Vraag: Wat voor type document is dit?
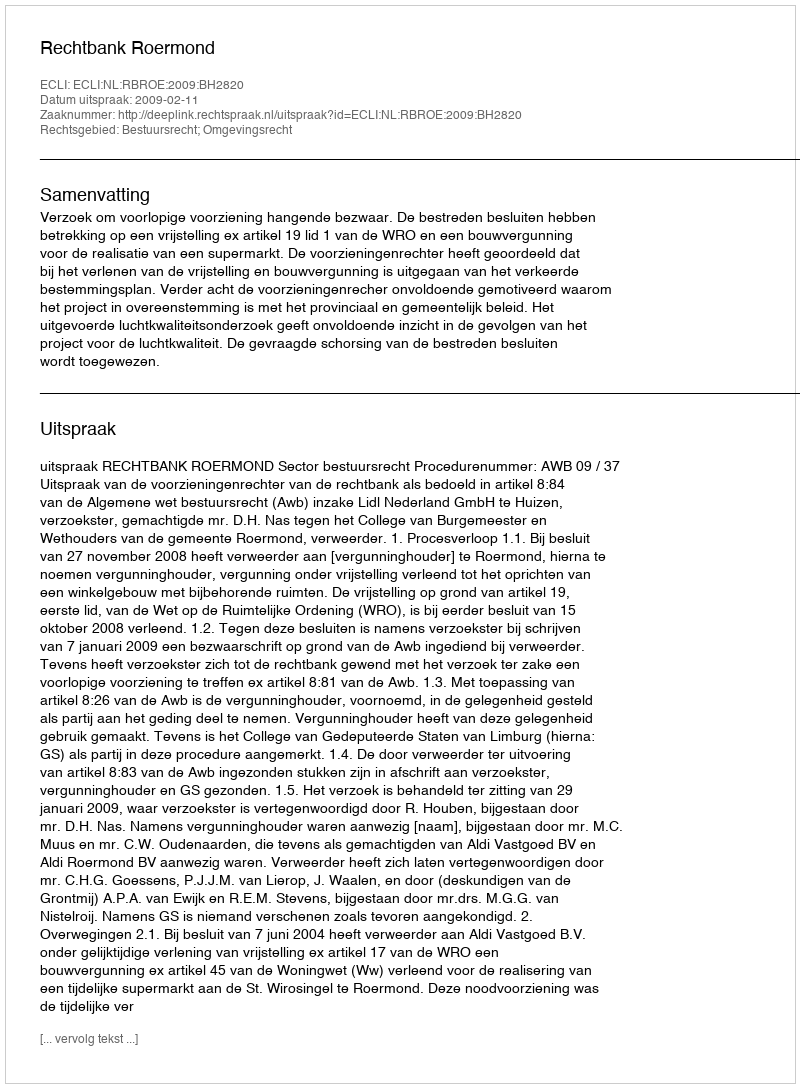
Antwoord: Uitspraak